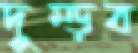
দুম্‌ড়ব